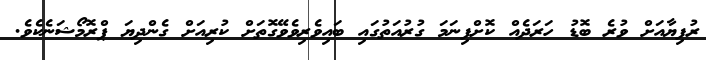
ރުފިޔާއަށް ވުރެ ބޮޑު ހަރަދެއް ކޮށްފިނަމަ ގުރުއަތުގައި ބައިވެރިވެވޭގޮތަށް ކުރިއަށް ގެންދިޔަ ޕްރޮމޯޝަނެކެވެ.